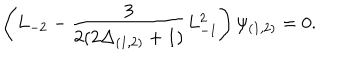
\left( L _ { - 2 } - \frac { 3 } { 2 ( 2 \Delta _ { ( 1 , 2 ) } + 1 ) } L _ { - 1 } ^ { 2 } \right) \psi _ { ( 1 , 2 ) } = 0 .